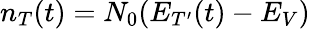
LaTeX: n_{T}(t)=N_{0}(E_{T^{\prime}}(t)-E_{V})